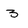
Character: 3